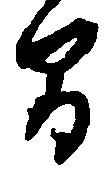
間